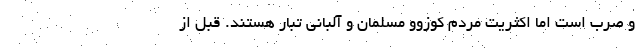
و صرب است اما اکثریت مردم کوزوو مسلمان و آلبانی تبار هستند. قبل از